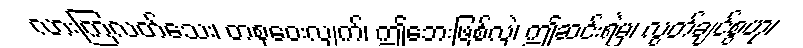
လားကြလတ်သေး၊ တစုဝေးလျက်၊ ဤဘေးဖြစ်လှဲ၊ ဤဆင်းရဲမှ၊ လွတ်ချင်စွဟု၊